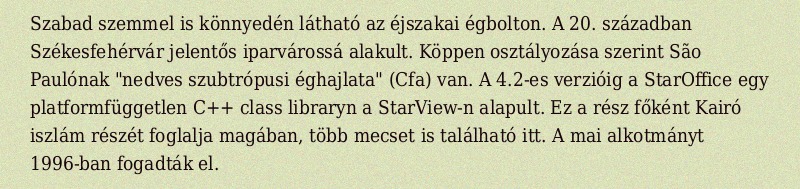
Szabad szemmel is könnyedén látható az éjszakai égbolton. A 20. században Székesfehérvár jelentős iparvárossá alakult. Köppen osztályozása szerint São Paulónak "nedves szubtrópusi éghajlata" (Cfa) van. A 4.2-es verzióig a StarOffice egy platformfüggetlen C++ class libraryn a StarView-n alapult. Ez a rész főként Kairó iszlám részét foglalja magában, több mecset is található itt. A mai alkotmányt 1996-ban fogadták el.